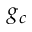
g _ { c }